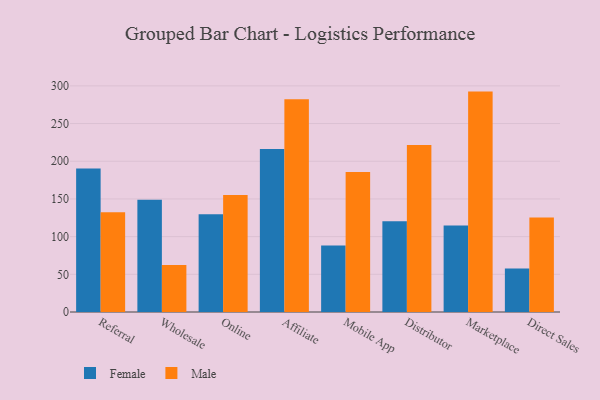
{"axis": {"x": "Channel", "y": "Conversion Rate (%)"}, "legend": ["Female", "Male"], "data": [{"x": "Referral", "y": 190.4, "type": "Female"}, {"x": "Referral", "y": 132.5, "type": "Male"}, {"x": "Wholesale", "y": 148.9, "type": "Female"}, {"x": "Wholesale", "y": 62.5, "type": "Male"}, {"x": "Online", "y": 129.8, "type": "Female"}, {"x": "Online", "y": 155.1, "type": "Male"}, {"x": "Affiliate", "y": 216.1, "type": "Female"}, {"x": "Affiliate", "y": 282.4, "type": "Male"}, {"x": "Mobile App", "y": 88.3, "type": "Female"}, {"x": "Mobile App", "y": 185.9, "type": "Male"}, {"x": "Distributor", "y": 120.4, "type": "Female"}, {"x": "Distributor", "y": 221.5, "type": "Male"}, {"x": "Marketplace", "y": 114.6, "type": "Female"}, {"x": "Marketplace", "y": 292.4, "type": "Male"}, {"x": "Direct Sales", "y": 57.7, "type": "Female"}, {"x": "Direct Sales", "y": 125.5, "type": "Male"}]}